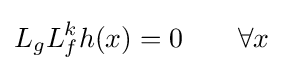
L_{g}L_{f}^{k}h(x)=0\qquad \forall x